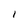
Character: l